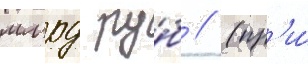
млрд ру́б // (пр'и́